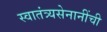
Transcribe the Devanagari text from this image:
स्वातंत्र्यसेनानींची